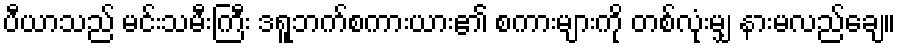
ပီယာသည် မင်းသမီးကြီး ဒရူဘက်စကားယား၏ စကားများကို တစ်လုံးမျှ နားမလည်ချေ။